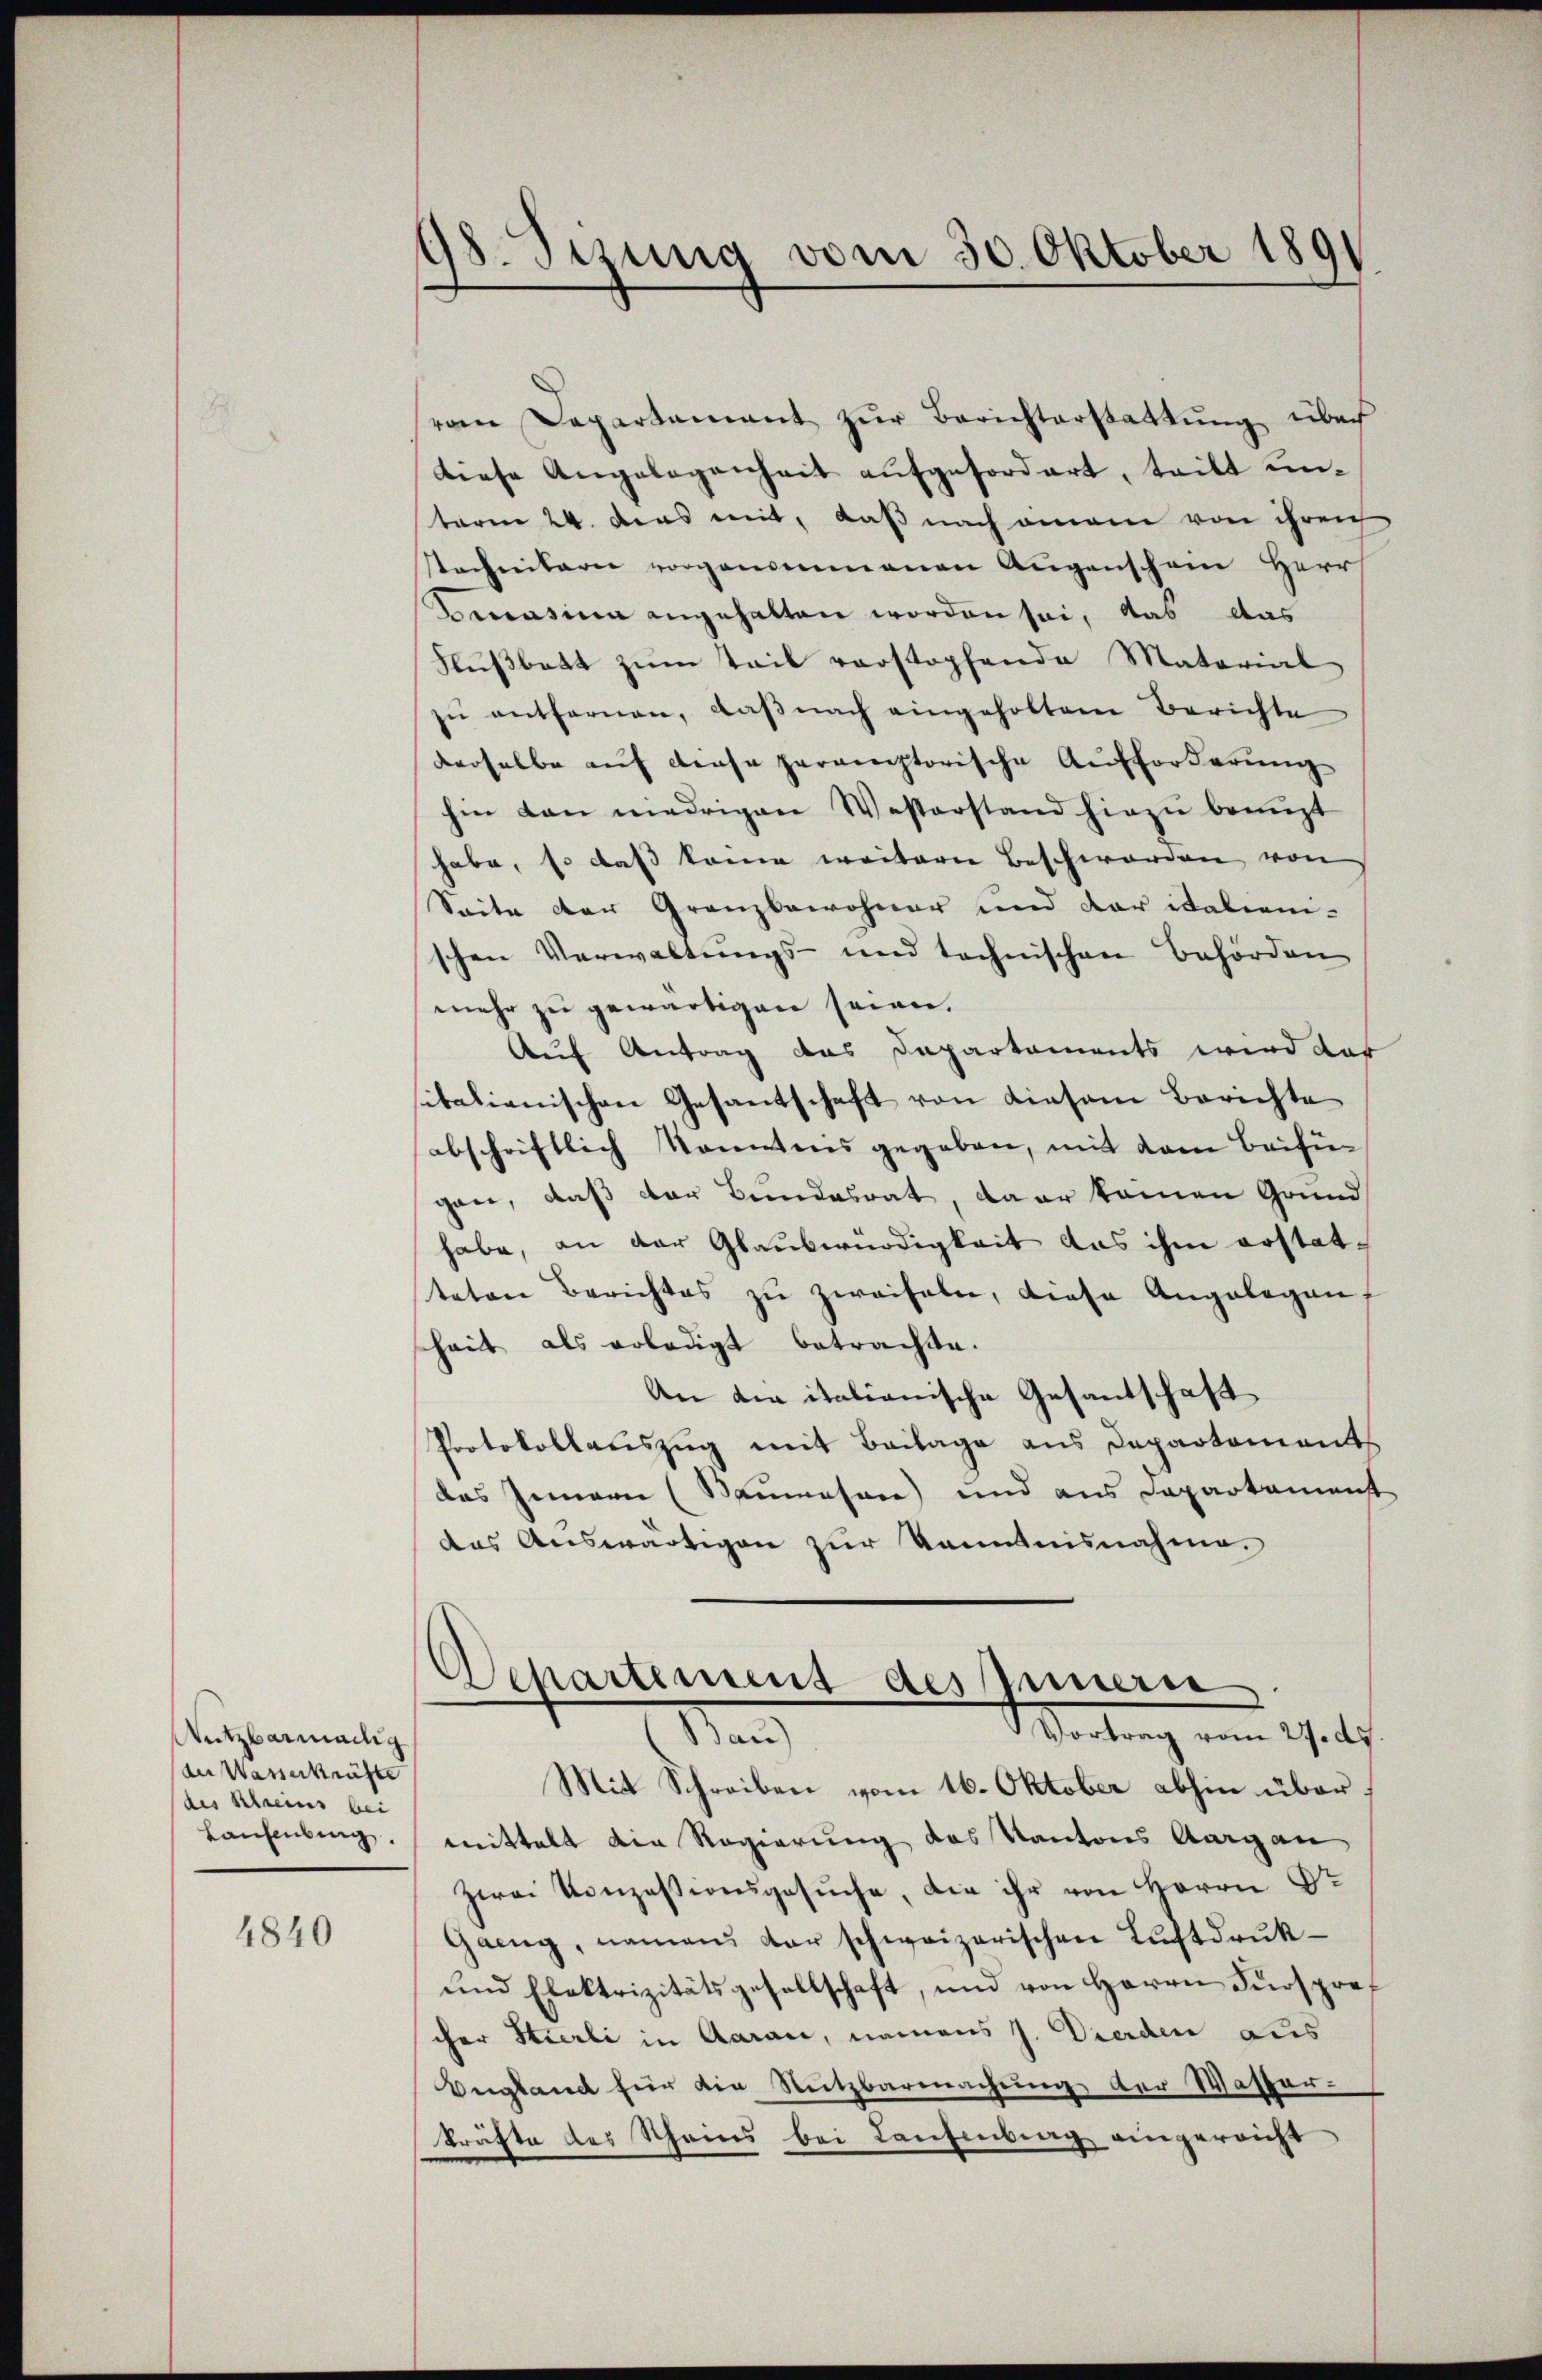
Nutzbarmalig
der Wasserkräfte
(des Kleines bei
Laufenburg,

4840

38. Sizung vom 30. Oktober 1891

vom Departement zŭr Berichterstattŭng über
diese Angelegenheit aufgefordert, teilt untaren 24. Das mit, daß nach einem von ihreich
stechnitarii vorgenommenen Augenschein Herr
Berrasium angehalten worden sei, das das
Flußbett zum Teil vorstopfende Material
zŭ entfernen, daβ nach eingeholtem Berichte
derselbe auf diese paratorische Aufforderung
hin dan niedrigen Westerstand hiezu bringt
habe, so daß kame weitern Beschworden von
Seite der Granzbewohner und der italieni-
schen Verwaltungs- und technischen Behörden
mehr zu gewärtigen seien.
Auf Antrag das Departements wird dar
sikalienischen Gesantschaft von diesem Berichte
abschriftlich Kenntnis gegeben, mit dem Beifügan, daß der Bundesrat, da er kamen Grund
habe, an der Glaubwürdigkeit das ihm erstatteten Berichtes zŭ zweifeln, diese Angelegen
sheit als erledigt betrachte.
An die italianische Gesantschaft
Protokollauszug mit Beilage aus Departement
das Gemein (Baumesare) und aus Departement
das Auswärtigen zur Kenntnisnahme.
Departement des Innern
Wortrag vom 17. des
Man
Mit Schreiben vom 16. Oktober abhin über
mittelt die Regierung des Kantons Aargau
Zwei Konzessionsgesŭche, die ihr von Herrn Dr
Gaeng, namens der schweizerischen Luftdruk¬
und Elektrizitätsgesellschaft, und von Herrn Fürsprecher Stierli in Aarau, namens J. Dierden aus
Bugland für die Nutzbarmachung der Wasser-
kräfte des Schannes bei Laufenburg eingereicht